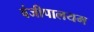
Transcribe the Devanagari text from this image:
वंजीपालयम